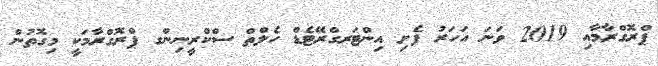
ޕްރޮގްރާމާއި 2019 ވަނަ އަހަރު ފެށި އިންޓަރގްރޭޓެޑް ހެލްތް ސްކްރީނިންގ ޕްރޮގްރާމަކީ މިގޮތުން